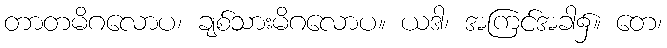
တာတမိဂလောပ၊ ချစ်သားမိဂလောပ။ ယဒါ၊ အကြင်အခါ၌။ တေ၊